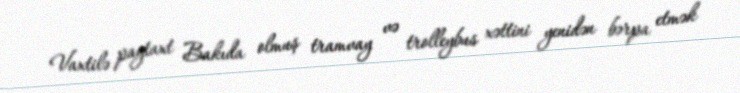
Vaxtilə paytaxt Bakıda olmuş tramvay və trolleybus xəttini yenidən bərpa etmək